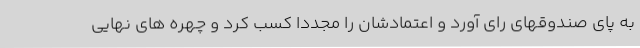
به پای صندوقهای رای آورد و اعتمادشان را مجددا کسب کرد و چهره های نهایی